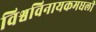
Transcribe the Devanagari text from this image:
विश्वविनायकमधली